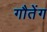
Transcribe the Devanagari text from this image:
गौतेंग